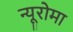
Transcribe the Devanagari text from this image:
न्यूरोमा